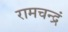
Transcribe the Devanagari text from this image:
रामचन्द्रं